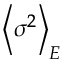
\left\langle \sigma ^ { 2 } \right\rangle _ { E }